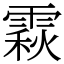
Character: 𩄍